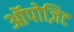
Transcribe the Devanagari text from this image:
ऑपोज़िट